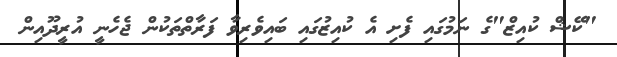
"ކޭޝް ކުއިޒް"ގެ ނަމުގައި ފެށި އެ ކުއިޒުގައި ބައިވެރިވާ ފަރާތްތަކުން ޖެހެނީ އުރީދޫއިން